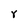
Character: r